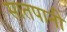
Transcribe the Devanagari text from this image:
सातपानी